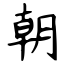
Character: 朝